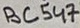
Text: BC547